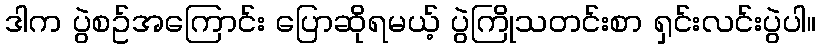
ဒါက ပွဲစဥ်အကြောင်း ပြောဆိုရမယ့် ပွဲကြိုသတင်းစာ ရှင်းလင်းပွဲပါ။